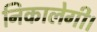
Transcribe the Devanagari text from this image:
निकालेगी।